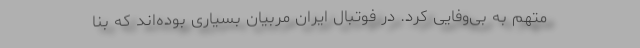
متهم به بی‌وفایی کرد. در فوتبال ایران مربیان بسیاری بوده‌اند که بنا